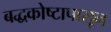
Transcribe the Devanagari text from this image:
बद्धकोष्टापासून